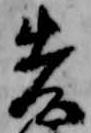
先